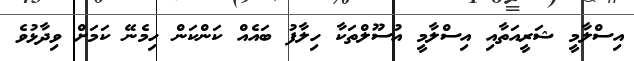
އިސްލާމީ ޝަރީއަތާއި އިސްލާމީ އުސޫލްތަކާ ހިލާފު ބައެއް ކަންކަން ހިމެނޭ ކަމަށް ވިދާޅުވެ